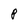
Character: P